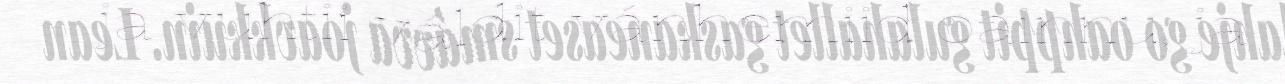
ja vuhtii váldit vánhemiid oainnu, ja